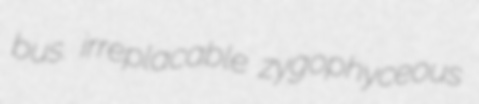
bus. irreplacable zygophyceous